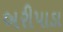
બરીપાડા